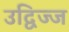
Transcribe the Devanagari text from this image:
उद्विज्ज